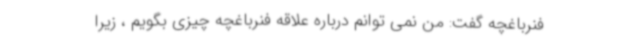
فنرباغچه گفت: من نمی توانم درباره علاقه فنرباغچه چیزی بگویم ، زیرا